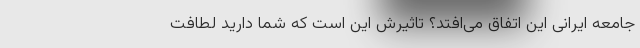
جامعه ایرانی این اتفاق می‌افتد؟ تاثیرش این است که شما دارید لطافت